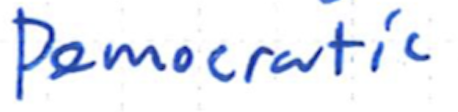
Text: Democratic
Cross-out: clean
Writing tool: ballpoint